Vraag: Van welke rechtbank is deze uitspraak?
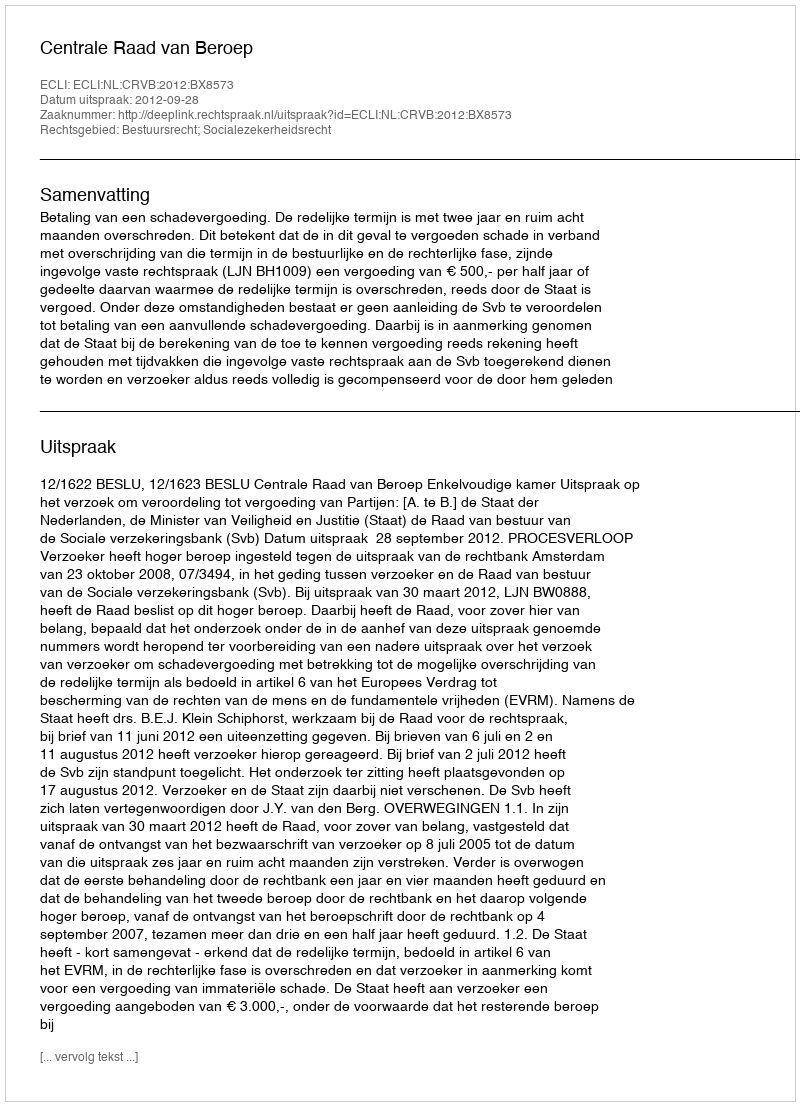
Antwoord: Centrale Raad van Beroep